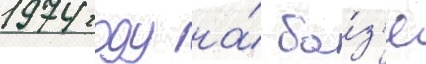
1974 году на́ ба́з'е